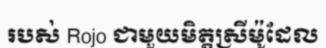
របស់ Rojo ជាមួយមិត្តស្រីម៉ូដែល